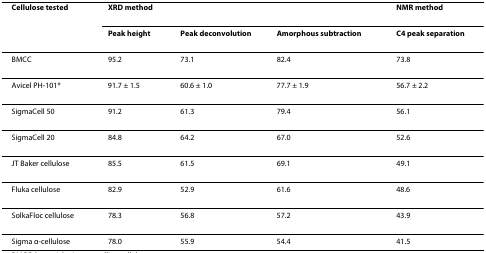
| Cellulose tested | XRD method |  |  | NMR method |
 |  | Peak height | Peak deconvolution | Amorphous subtraction | C4 peak separation |
 | --- | --- | --- | --- | --- |
 | BMCC | 95.2 | 73.1 | 82.4 | 73.8 |
 | Avicel PH-101* | 91.7 ± 1.5 | 60.6 ± 1.0 | 77.7 ± 1.9 | 56.7 ± 2.2 |
 | SigmaCell 50 | 91.2 | 61.3 | 79.4 | 56.1 |
 | SigmaCell 20 | 84.8 | 64.2 | 67.0 | 52.6 |
 | JT Baker cellulose | 85.5 | 61.5 | 69.1 | 49.1 |
 | Fluka cellulose | 82.9 | 52.9 | 61.6 | 48.6 |
 | SolkaFloc cellulose | 78.3 | 56.8 | 57.2 | 43.9 |
 | Sigma α-cellulose | 78.0 | 55.9 | 54.4 | 41.5 |